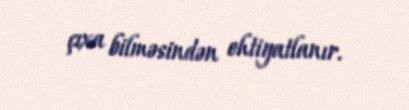
çıxa bilməsindən ehtiyatlanır.